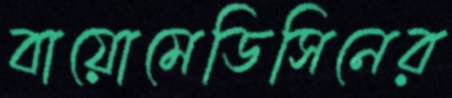
বায়োমেডিসিনের